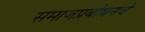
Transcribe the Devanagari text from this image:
समाजप्रबोधनचे